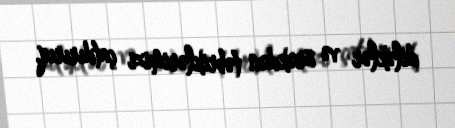
diləklər və ürəkdən təbriklərimizi çatdırırıq.